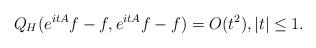
LaTeX: \begin{align*}Q_H(e^{itA}f-f,e^{itA}f-f )=O(t^2),|t|\le1. \end{align*}